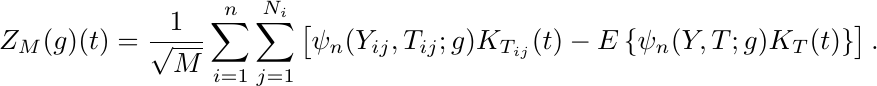
\begin{equation*}
    Z_{M}(g)(t)=\frac{1}{\sqrt{M}} \sum_{i=1}^{n}\sum_{j=1}^{N_{i}}\left[\psi_{n}(Y_{ij}, T_{ij}; g) K_{T_{ij}}(t)-E\left\{\psi_{n}(Y, T; g) K_{T}(t)\right\}\right].
\end{equation*}